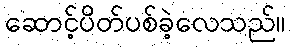
ဆောင့်ပိတ်ပစ်ခဲ့လေသည်။